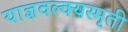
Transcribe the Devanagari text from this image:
याज्ञवल्क्यस्मृती